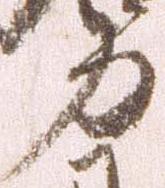
力